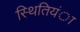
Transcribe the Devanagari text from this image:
स्थितियंा